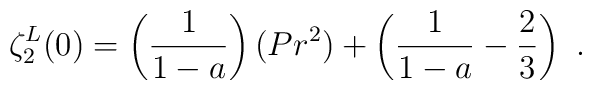
\zeta^{L}_{2}(0)=\left(\frac{1}{1-a}\right)(Pr^{2})+\left(\frac{1}{1-a}-\frac{2}{3}\right)\ .